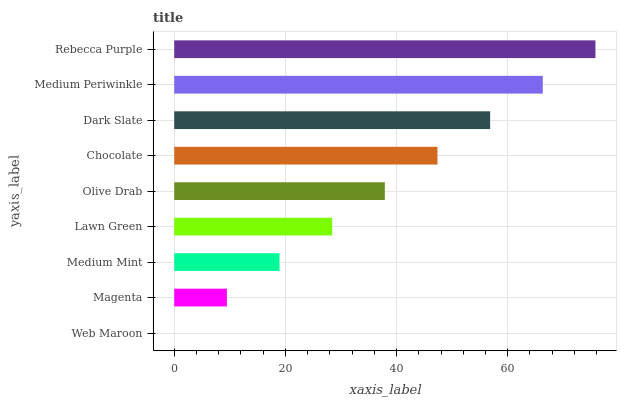
| yaxis_label | bars |
 | --- | --- |
 | Web Maroon | 0 |
 | Magenta | 9.47 |
 | Medium Mint | 18.9 |
 | Lawn Green | 28.4 |
 | Olive Drab | 37.9 |
 | Chocolate | 47.4 |
 | Dark Slate | 56.8 |
 | Medium Periwinkle | 66.3 |
 | Rebecca Purple | 75.8 |